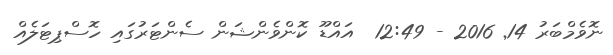
ނޮވެމްބަރު 14